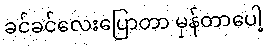
ခင်ခင်လေးပြောတာ မှန်တာပေါ့